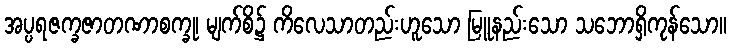
အပ္ပရဇက္ခဇာတဏာစက္ခု၊ မျက်စိ၌ ကိလေသာတည်းဟူသော မြူနည်းသော သဘောရှိကုန်သော။